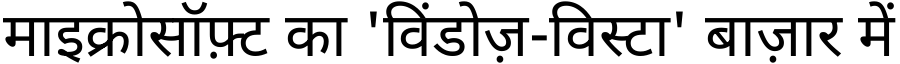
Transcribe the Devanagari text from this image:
माइक्रोसॉफ़्ट का 'विंडोज़-विस्टा' बाज़ार में